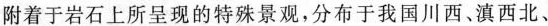
附着于岩石上所呈现的特殊景观，分布于我国川西、滇西北、